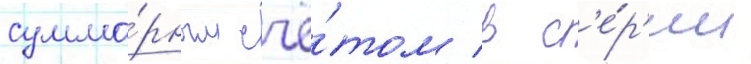
сумма́рным счё́том в с'е́р'ии